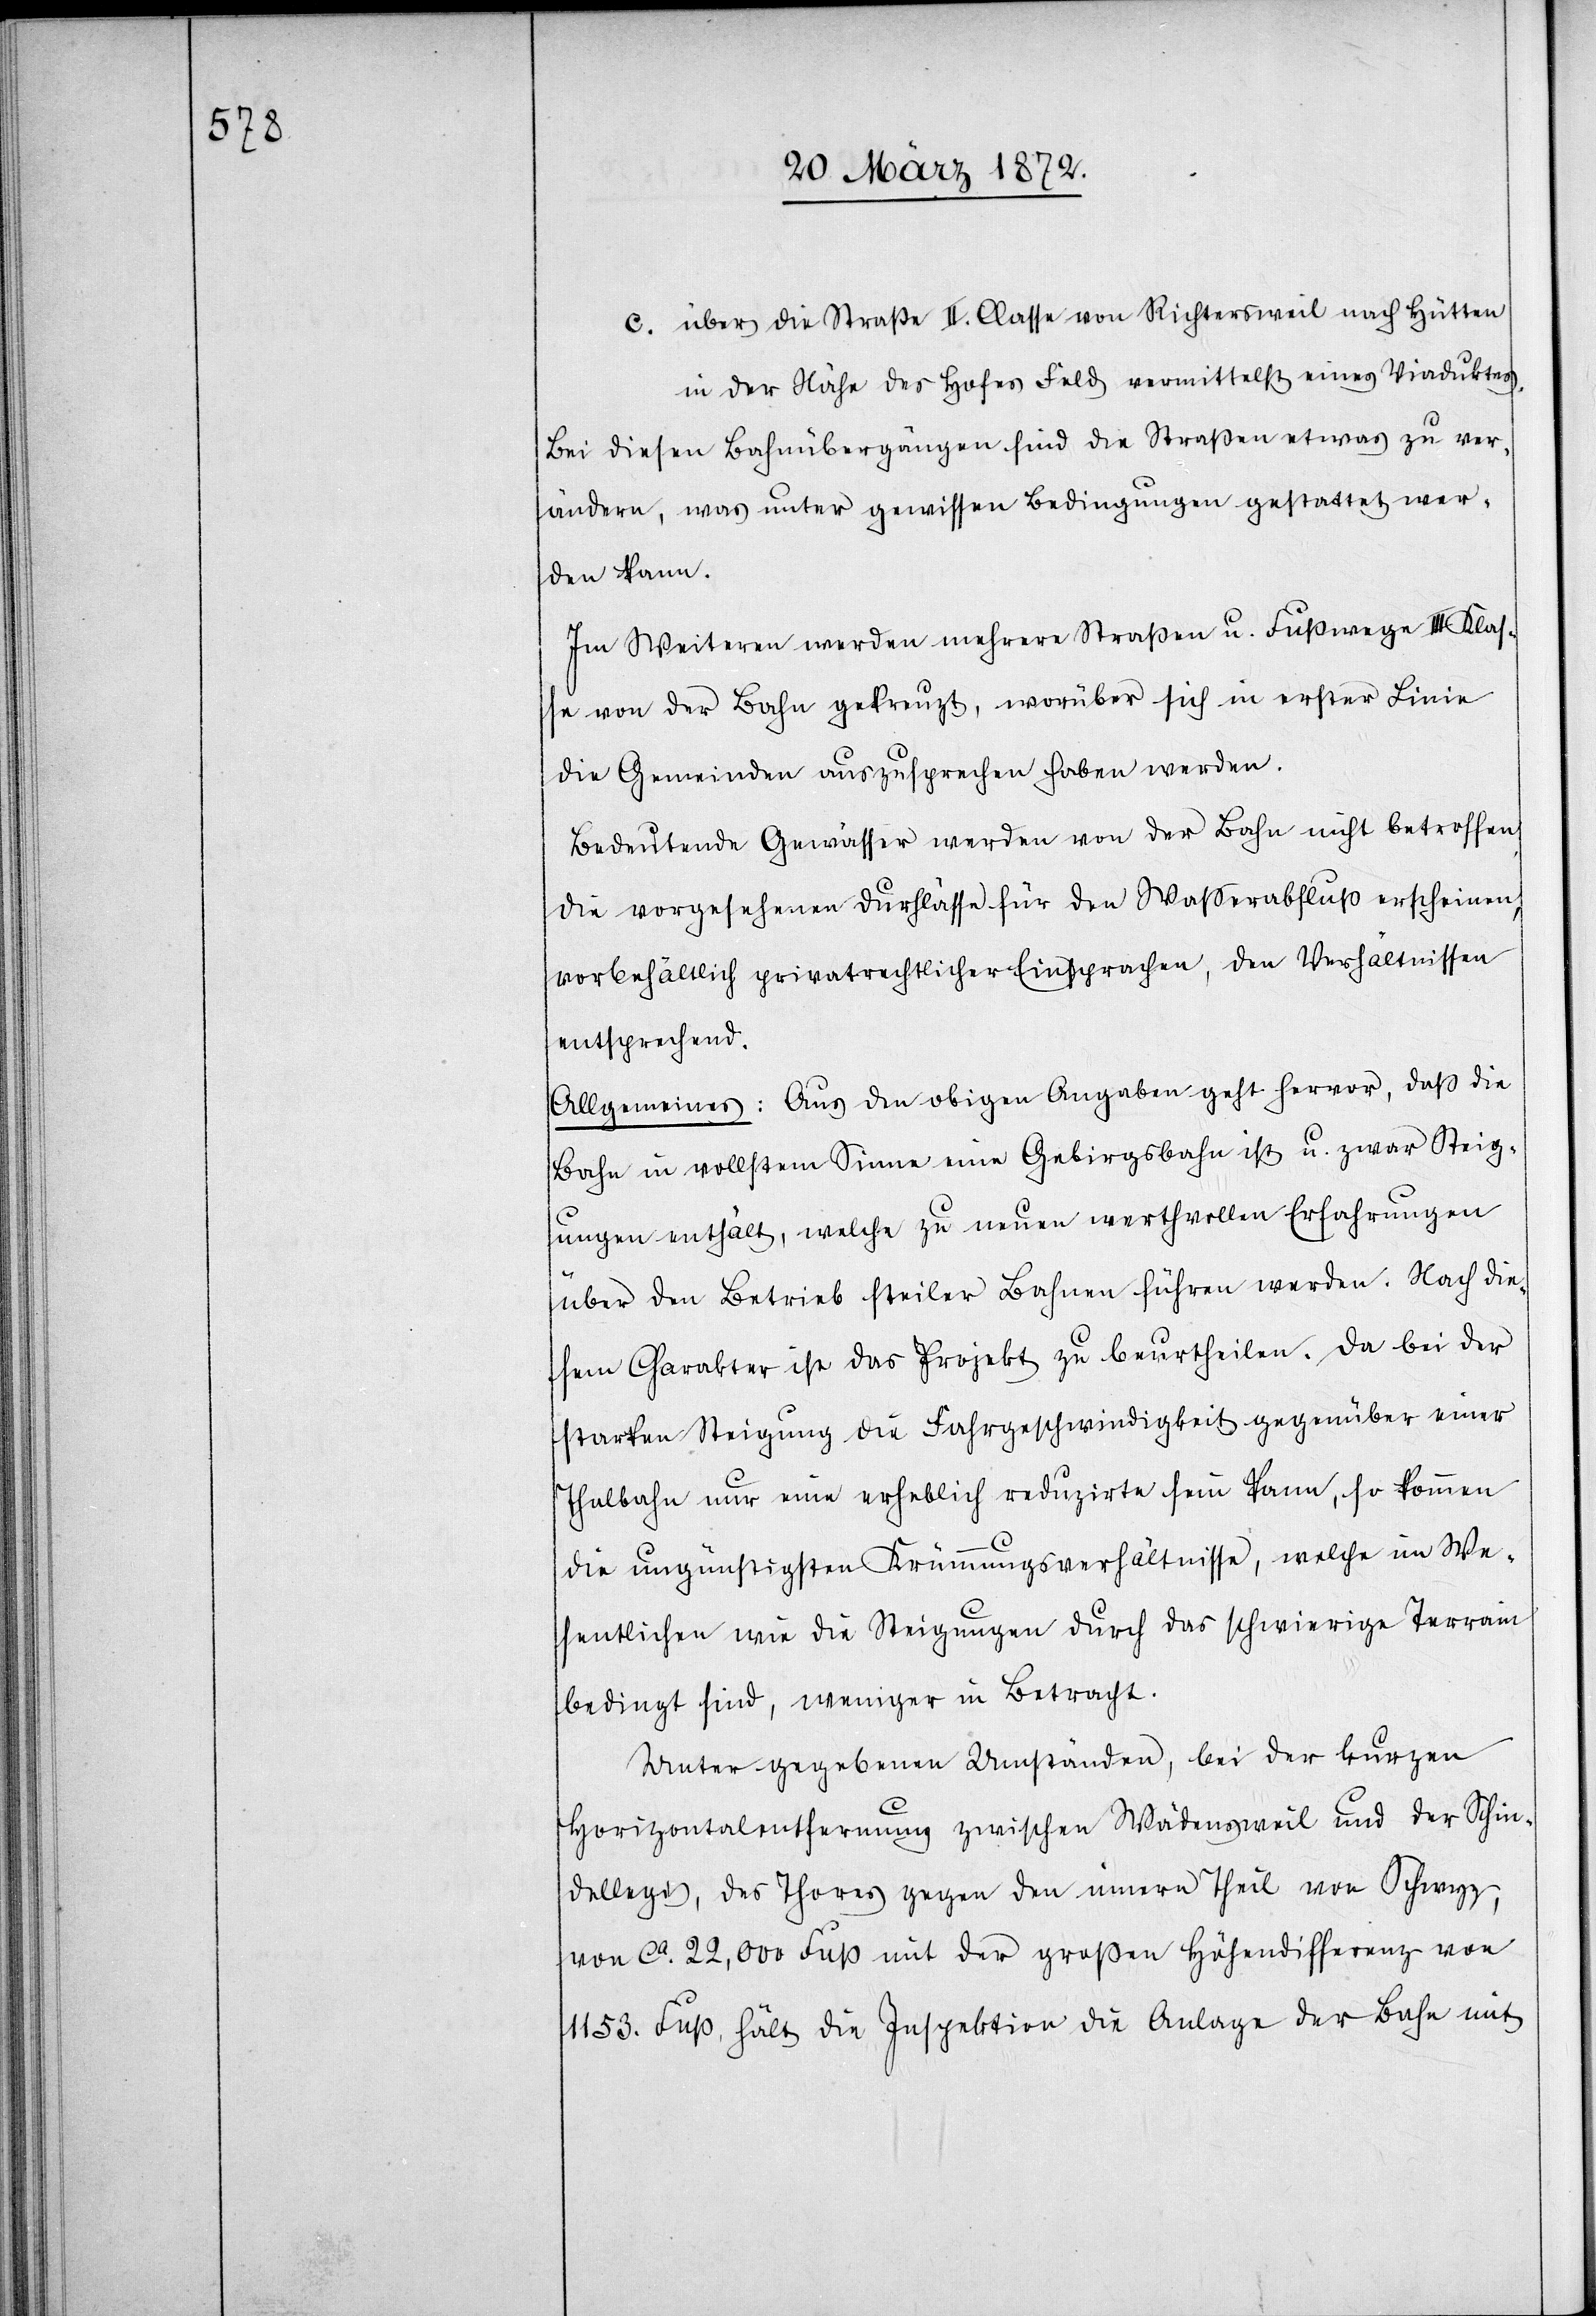
c. über die Straße II. Classe von Richtersweil nach Hütten
in der Nähe des Hofes Feld vermittelst eines Viaduktes.
Bei diesen Bahnübergängen sind die Straßen etwas zu ver¬
ändern, was unter gewissen Bedingungen gestattet wer¬
den kann.
Im Weiteren werden mehrere Straßen u. Fußwege III. Klas¬
se von der Bahn gekreuzt, worüber sich in erster Linie
die Gemeinden auszusprechen haben werden.
Bedeutende Gewässer werden von der Bahn nicht betroffen,
die vorgesehenen Dur[c]hlässe für den Wasserabfluß erscheinen,
vorbehältlich privatrechtlicher Einsprachen, den Verhältnissen
entsprechend.
Allgemeines: Aus den obigen Angaben geht hervor, daß die
Bahn in vollstem Sinne eine Gebirgsbahn ist u. zwar Steig¬
ungen enthält, welche zu neuen werthvollen Erfahrungen
über den Betrieb steiler Bahnen führen werden. Nach die¬
sem Charakter ist das Projekt zu beurtheilen. Da bei der
starken Steigung die Fahrgeschwindigkeit gegenüber einer
Thalbahn nur eine erheblich reduzirte sein kann, so kommen
die ungünstigsten Krümmungsverhältnisse, welche im We¬
sentlichen wie die Steigungen durch das schwierige Terrain
bedingt sind, weniger in Betracht.
Unter gegebenen Umständen, bei der kurzen
Horizontalentfernung zwischen Wädensweil und der Schin¬
dellegi, des Thores gegen den innern Theil von Schwyz,
von ca 22,000 Fuß mit der großen Höhendifferenz von
1153. Fuß hält die Inspektion die Anlage der Bahn mit